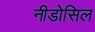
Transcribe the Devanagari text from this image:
नीडोसिल